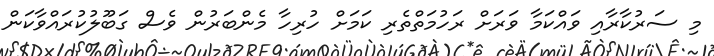
މި ސަރުކާރާއި ވައްކަމާ ވަރަށް ރަހުމަތްތެރި ކަމަށް ހުރިހާ މެންބަރުން ވެސް ގަބޫލުކުރައްވާކަން